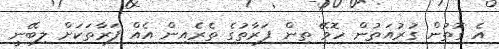
އެ ގޮތުން ގުރުއަތުން ހޮވޭ ތިން ފަރާތުގެ ތެރެއިން އެއް ފަރާތަކަށް ލިބޭނީ